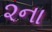
૨ના